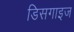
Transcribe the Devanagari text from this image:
डिसगाइज